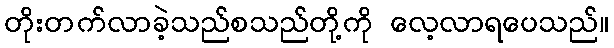
တိုးတက်လာခဲ့သည်စသည်တို့ကို လေ့လာရပေသည်။